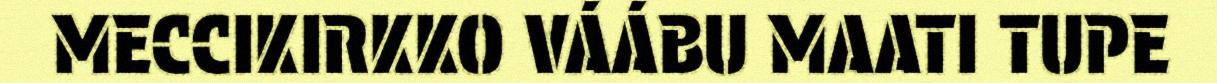
MECCIKIRKKO VÁÁBU MAATI TUPE